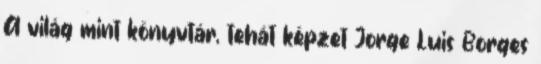
A világ mint könyvtár, tehát képzet Jorge Luis Borges